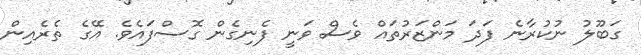
ގަބޫލު ނުކުރާނެ ފަދަ މަންޒަރުތައް ވެސް ވަނީ ފެނިގެން ގޮސްފައެވެ. އޭގެ ތެރެއިން